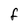
Character: F